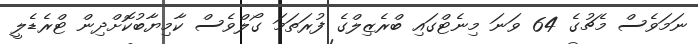
ނަމަވެސް މެޗުގެ 64 ވަނަ މިނެޓްގައި ބްރެޒިލްގެ ފުރަތަމަ ގޯލްވެސް ކާމިޔާބުކޮށްދިން ޓްރެޑެލީ